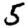
Digit: 5